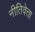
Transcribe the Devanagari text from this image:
नीतिवेत्ता